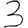
Digit: 3